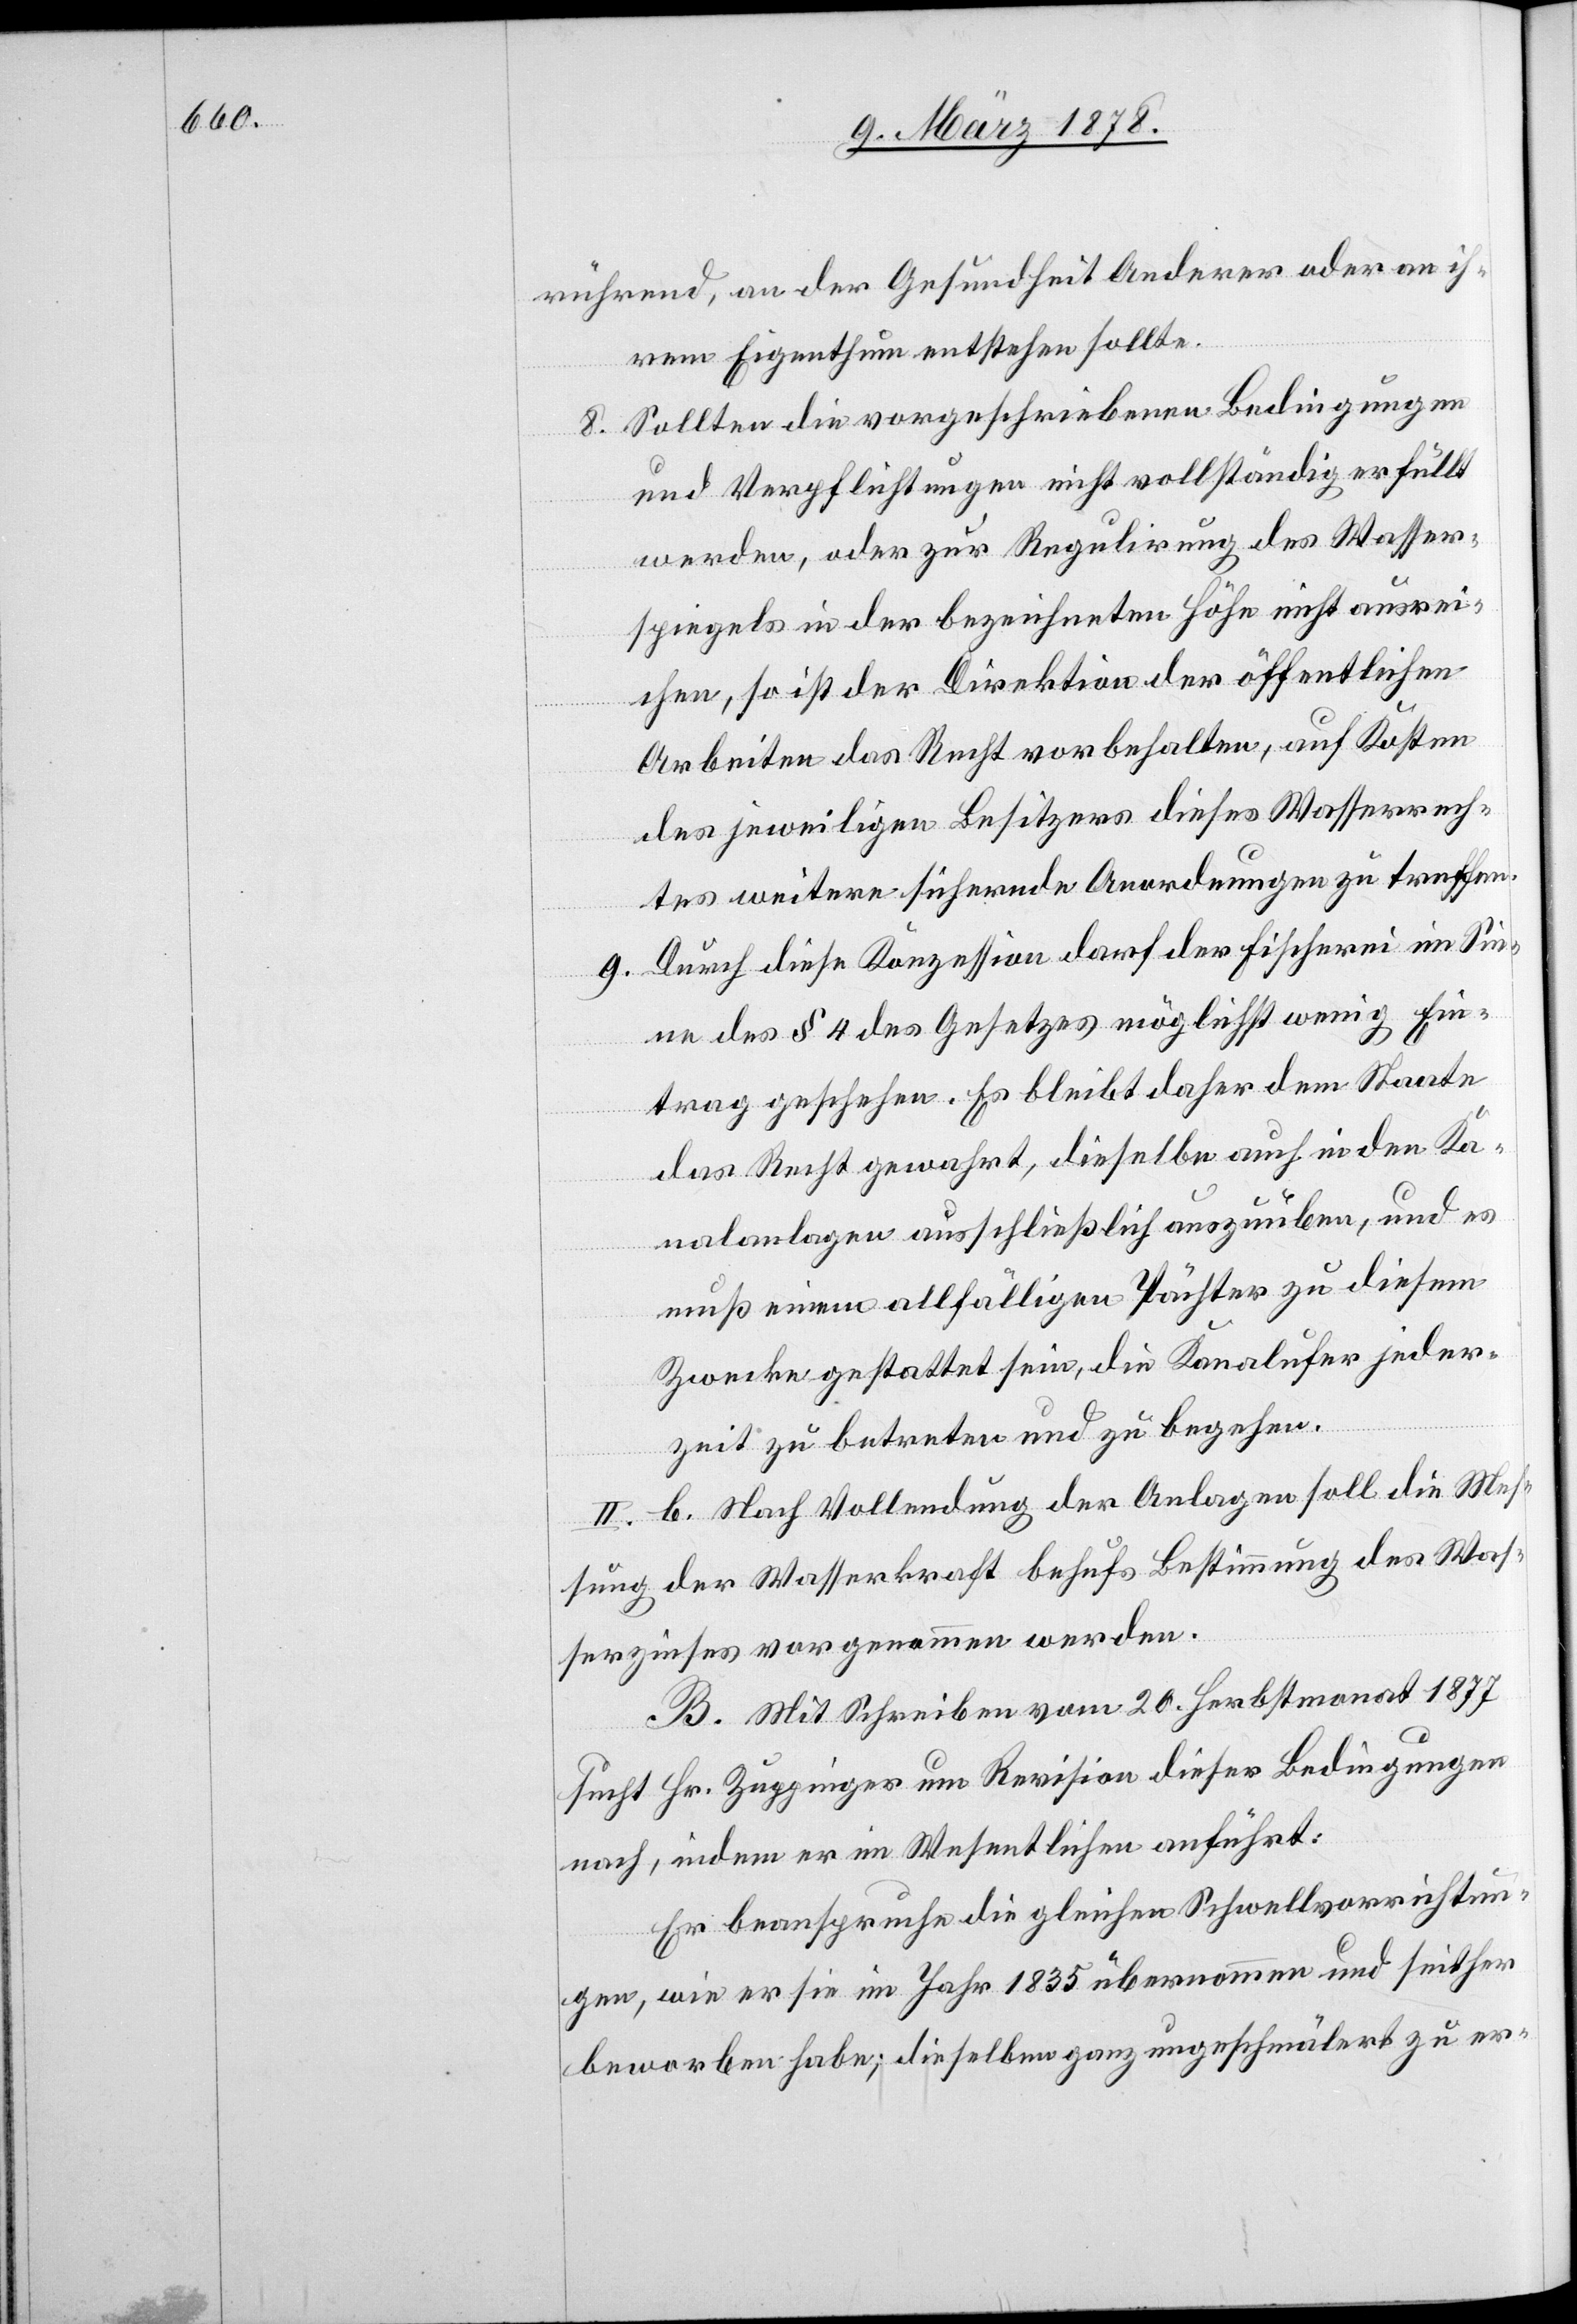
rührend, an der Gesundheit Anderer oder an ih¬
rem Eigenthum entstehen sollte.
Sollten die vorgeschriebenen Bedingungen
und Verpflichtungen nicht vollständig erfüllt
werden, oder zur Regulirung des Wasser¬
spiegels in der bezeichneten Höhe nicht ausrei¬
chen, so ist der Direktion der öffentlichen
Arbeiten das Recht vorbehalten, auf Kosten
des jeweiligen Besitzers dieses Wasserrech¬
tes weitere sichernde Anordnungen zu treffen.
Durch diese Konzession darf der Fischerei im Sin¬
ne des § 4 des Gesetzes möglichst wenig Ein¬
trag geschehen. Es bleibt daher dem Staate
das Recht gewahrt, dieselbe auch in den Ka¬
nalanlagen ausschließlich auszuüben, und es
muß einem allfälligen Pächter zu diesem
Zwecke gestattet sein, die Kanalufer jeder¬
zeit zu betreten und zu begehen.
b. Nach Vollendung der Anlagen soll die Mes¬
sung der Wasserkraft behufs Bestimmung des Was¬
serzinses vorgenommen werden.
B. Mit Schreiben vom 20. Herbstmonat 1877
sucht Hr. Zuppinger um Revision dieser Bedingungen
nach, indem er im Wesentlichen anführt:
Er beanspruche die gleichen Schwellvorrichtun¬
gen, wie er sie im Jahr 1835 übernommen und seither
beworben habe; dieselben ganz ungeschmälert zu er-